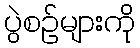
ပွဲစဉ်များကို